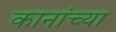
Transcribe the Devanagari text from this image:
कानांच्या